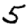
Digit: 5